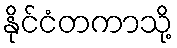
နိုင်ငံတကာသို့